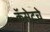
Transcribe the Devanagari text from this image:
कॅसेटचे